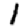
Digit: 1